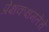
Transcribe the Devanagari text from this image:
प्रेक्षकक्षमतेचे